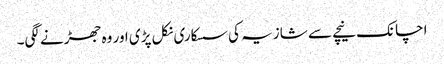
اچانک نیچے سے شازیہ کی سسکاری نکل پڑی اور وہ جھڑنے لگی۔